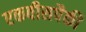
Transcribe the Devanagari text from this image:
एकवीसपैकी